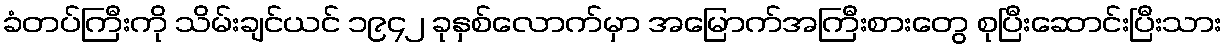
ခံတပ်ကြီးကို သိမ်းချင်ယင် ၁၉၄၂ ခုနှစ်လောက်မှာ အမြောက်အကြီးစားတွေ စုပြီးဆောင်းပြီးသား